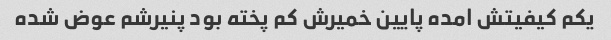
یکم کیفیتش امده پایین خمیرش کم پخته بود پنیرشم عوض شده